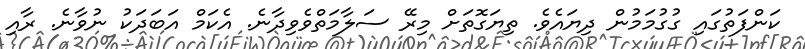
ކަންފަތުގައި ގުގުމަމުން ދިޔައެވެ. ތިޔަގޮތަށް މިރޭ ސަލާމަތްވެވިދާނެ. އެކަމް އަބަދަކު ނުވާނެ. ރާއި